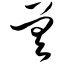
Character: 差